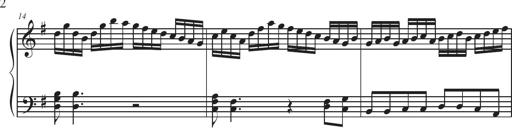
Title: Sonatina Espania
Composer: Jerald Franklin Archer
Key: Various